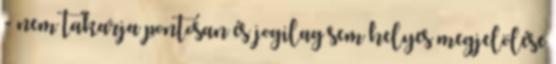
- nem takarja pontosan és jogilag sem helyes megjelölése